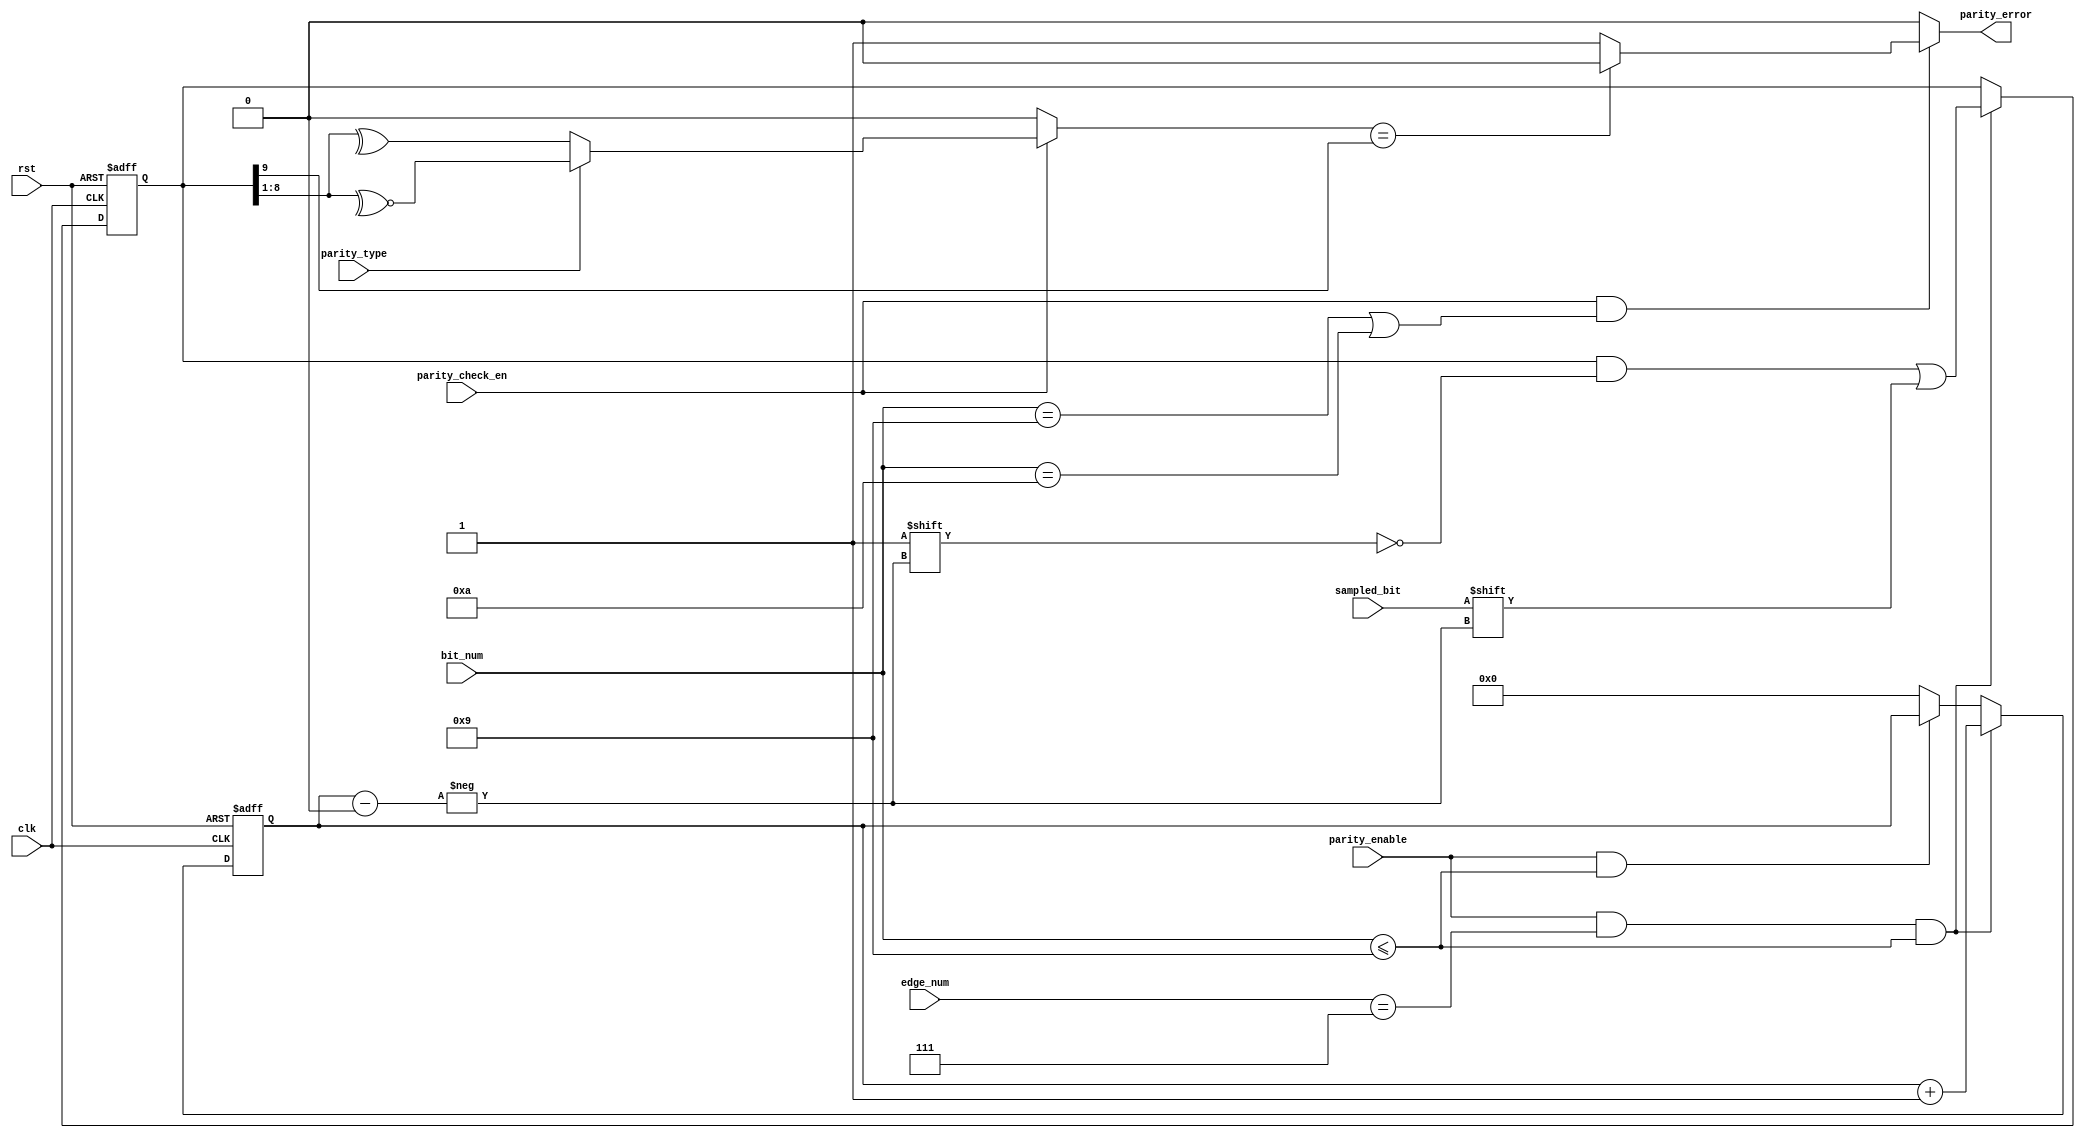
module parity_check# (parameter pre_scalar=8, data_width=8, even_parity=0, odd_parity=1)(
  
  input wire parity_type, parity_check_en,
  input wire sampled_bit, parity_enable,
  input wire [3:0] edge_num, bit_num,
  input wire clk, rst,
  output reg parity_error
  );
  
  reg temp;
  reg [data_width+1:0] data;
  reg [3:0] count;
      
 always@(posedge clk or negedge rst)
    begin     
      if(!rst)
        begin
          data<='b0;
          count<='b0;
        end
      else
        begin
           if(parity_enable && (edge_num == 'd7)&& (bit_num<=9))
            begin
              data[count] <= sampled_bit;
              count<=count+1;
            end
        else
          begin
            if(parity_enable && (bit_num<=9))
              begin
                count<=count;
              end
            else
              begin
                count<='b0;
              end
          end
        end
    end
    
always@(*)
    begin
      if(parity_check_en)
        begin
          if(parity_type == even_parity)
            begin
              temp = ^data[8:1];
            end
          else
            begin
              temp = ~^data[8:1];
            end
          end
        else
          begin
            temp = 'b0;
          end
        end
  
  always@(*)
    begin
      if(parity_check_en && ((bit_num == 'd9)||(bit_num == 'd10)))
        begin
          if(temp == data[9])
            begin
              parity_error=1'b0;
            end
          else
            begin
             parity_error=1'b1;
            end
        end
      else
        begin
          parity_error='b0;
        end
      end
      
endmodule